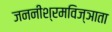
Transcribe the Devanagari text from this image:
जननीश्रमविज्ञाता